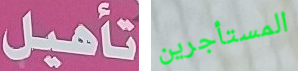
تأهيل المستأجرين